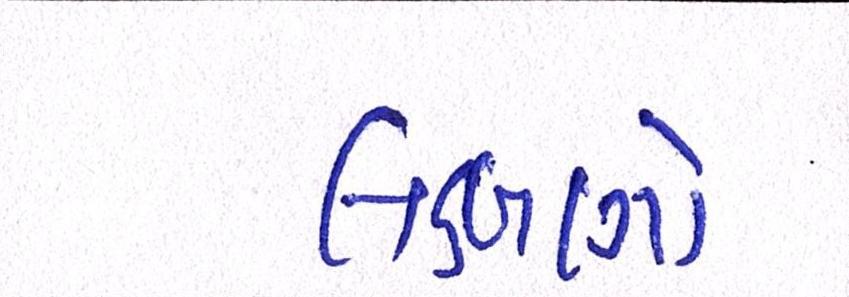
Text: લક્ષણો